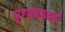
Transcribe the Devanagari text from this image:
प्रणयकथाएँ